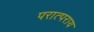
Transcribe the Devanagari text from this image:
परात्पराय